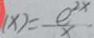
( x ) = - \frac { e ^ { 2 x } } { x } .